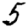
Digit: 5